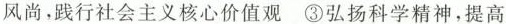
风尚，践行社会主义核心价值观③弘扬科学精神，提高